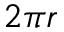
2 \pi r